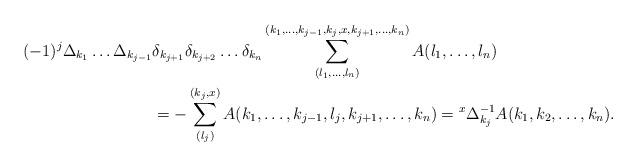
LaTeX: \begin{align*}(-1)^j \Delta_{k_1} \dots \Delta_{k_{j-1}} & \delta_{k_{j+1}} \delta_{k_{j+2}} \dots \delta_{k_n} \sum_{(l_1,\ldots,l_n)}^{(k_1,\ldots,k_{j-1},k_j,x,k_{j+1},\ldots,k_n)} A(l_1,\ldots,l_n) \\ &= - \sum_{(l_j)}^{(k_j,x)} A(k_1,\ldots,k_{j-1},l_j,k_{j+1},\ldots,k_n) = {^x}\Delta_{k_j}^{-1} A(k_1,k_2,\ldots,k_n).\end{align*}